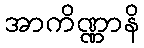
အာကိဏ္ဏာနိ